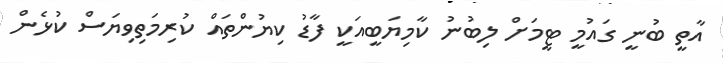
އާތީ ބުނީ ގައުމީ ޓީމަށް ލިބުނު ކާމިޔަބީއަކީ ފާޑު ކިޔުންތައް ކުރިމަތިވިޔަސް ކުޅެން